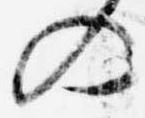
の